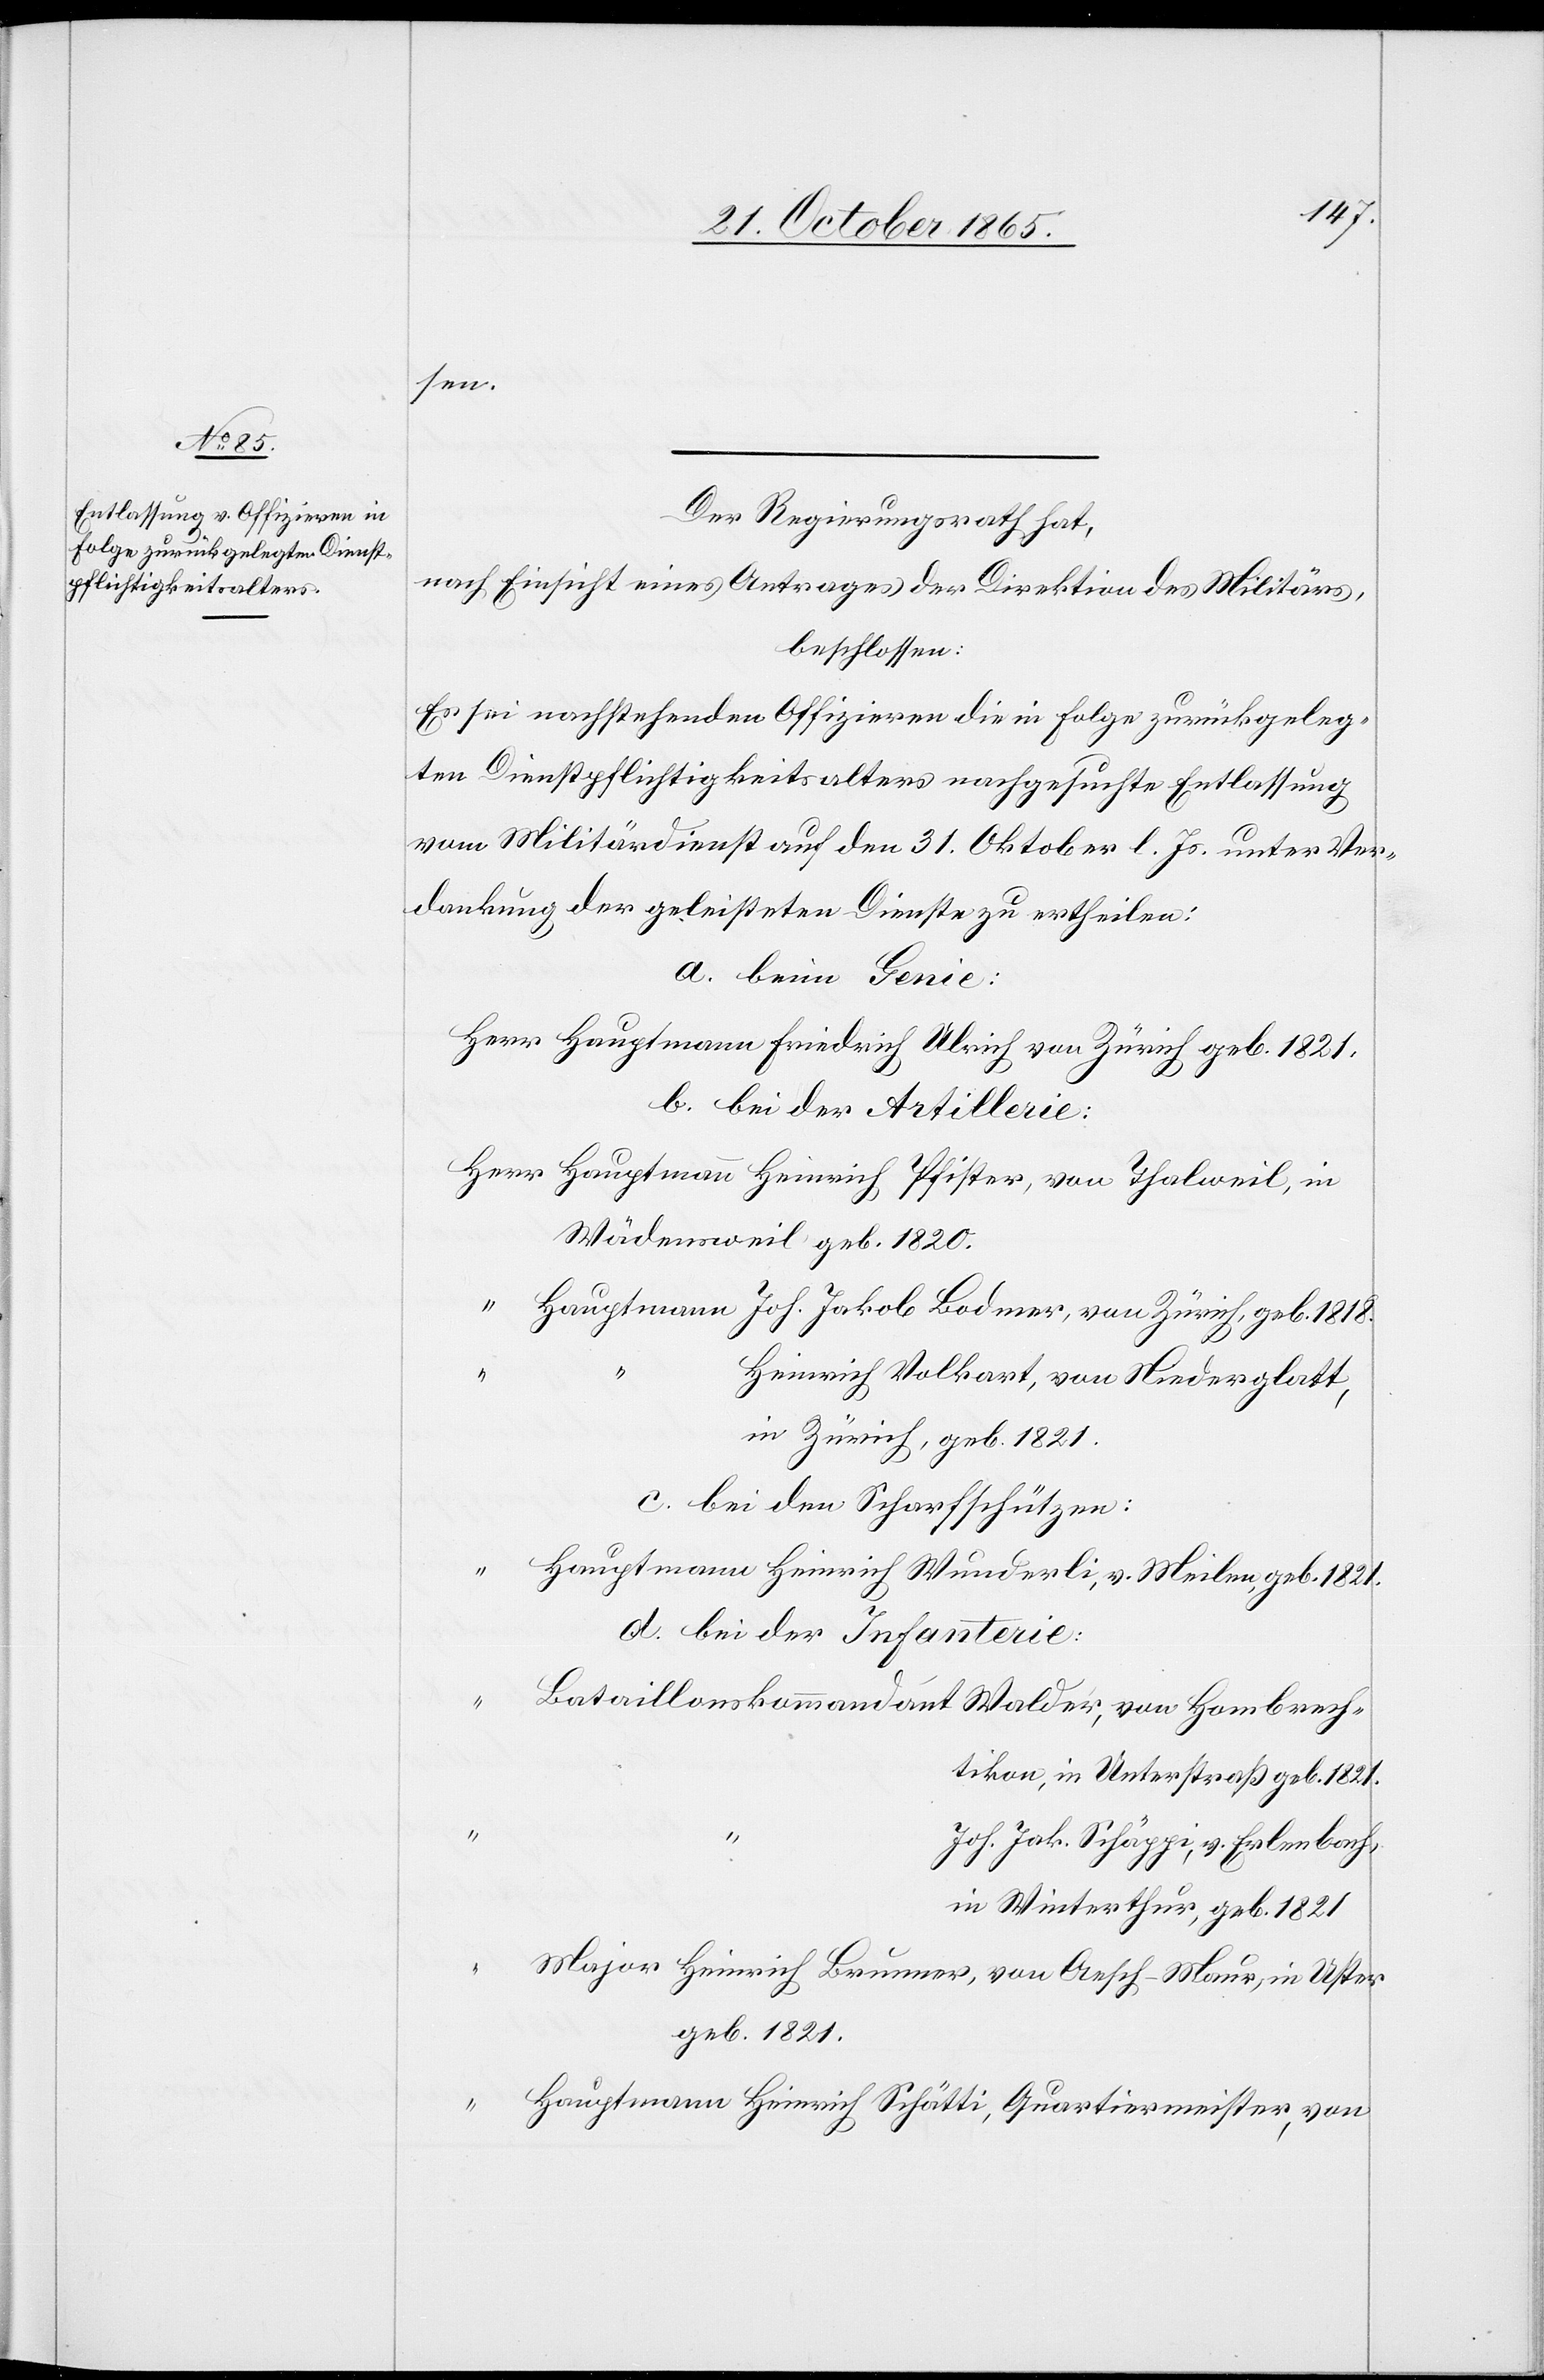
sen.
Der Regierungsrath hat,
nach Einsicht eines Antrages der Direktion des Militärs,
beschlossen:
Es sei nachstehenden Offizieren die in Folge zurückgeleg¬
ten Dienstpflichtigkeitsalters nachgesuchte Entlassung
vom Militärdienst auf den 31. Oktober l. Js. unter Ver¬
dankung der geleisteten Dienste zu ertheilen:
a. beim Genie:
Herr Hauptmann Friedrich Ulrich von Zürich geb. 1821.
b. bei der Artillerie:
Wädensweil geb. 1820.
Heinrich Volkart, von Niederglatt,
in Zürich, geb. 1821.
c. bei den Scharfschützen:
r Hauptmann Heinrich Wunderli, v. Meilen, geb. 1821.
d. bei der Infanterie:
Hombrech¬
tikon, in Unterstraß geb. 1821.
Joh. Jak. Schäppi, v. Erlenbach,
in Winterthur, geb. 1821.
Heinrich Brunner, von Aesch-Maur, in Uster
geb. 1821.